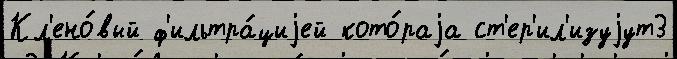
Кл'ено́вый ф'ильтра́циjей кото́раjа ст'ер'ил'изуjут3